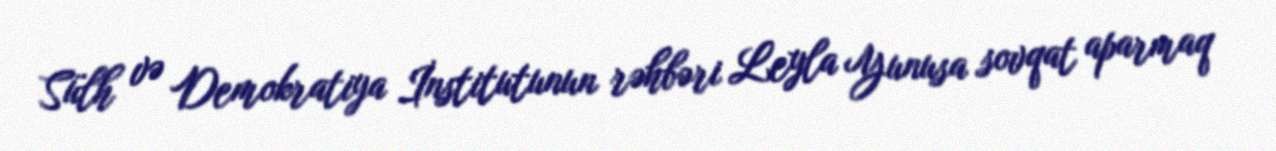
Sülh və Demokratiya İnstitutunun rəhbəri Leyla Yunusa sovqat aparmaq